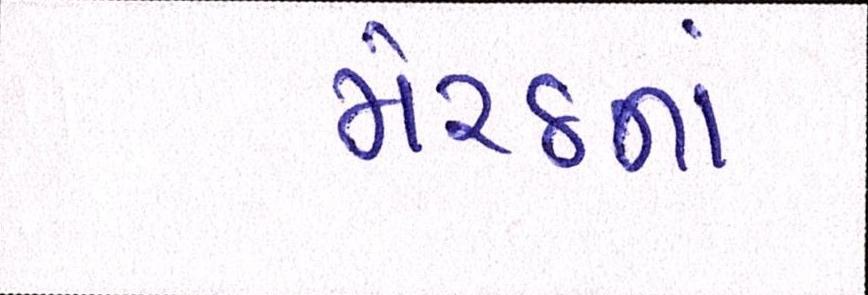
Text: મેરઠનાં